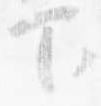
下